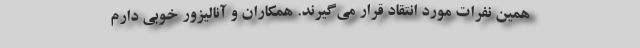
همین نفرات مورد انتقاد قرار می‌گیرند. همکاران و آنالیزور خوبی دارم